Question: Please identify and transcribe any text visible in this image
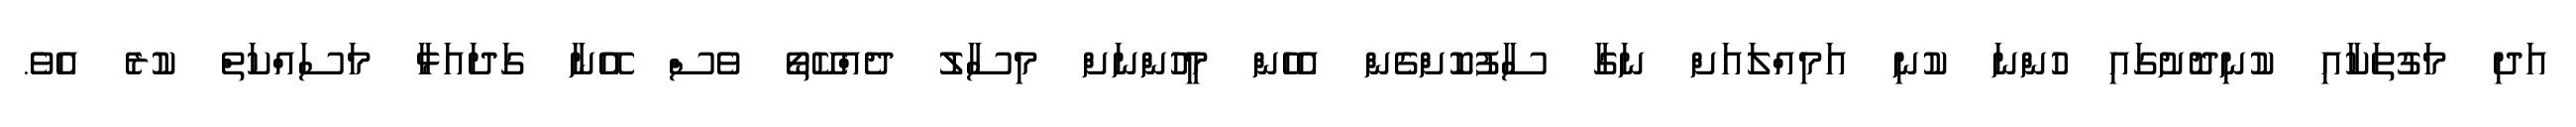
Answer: އަދި މަގުތަކާއި ކުނިދޮށުގައި ހުންނަ ކުނި އަމިއްލައަށް ނަގާ ސާފުކޮށްގެން އެހެން މީހުންނަށް މިސާލު ދެއްކޭތޯ ވެސް އޭނާ ގަދައަޅާ މަސައްކަތް ކުރެ އެވެ.